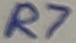
Text: R7